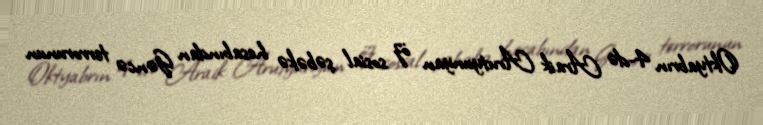
Oktyabrın 4-də Araik Arutyunyan öz sosial şəbəkə hesabından Gəncə terrorunun